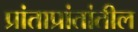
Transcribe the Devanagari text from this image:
प्रांताप्रांतांतील